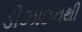
ડીઝાઇનથી